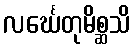
လင်္ဃေတုမိစ္ဆသိ